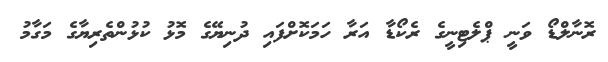
ރޮނާލްޑޯ ވަނީ ޕްލެޓިނީގެ ރެކޯޑާ އަރާ ހަމަކޮށްފައި ދުނިޔޭގެ މޮޅު ކުޅުންތެރިޔާގެ މަގާމު